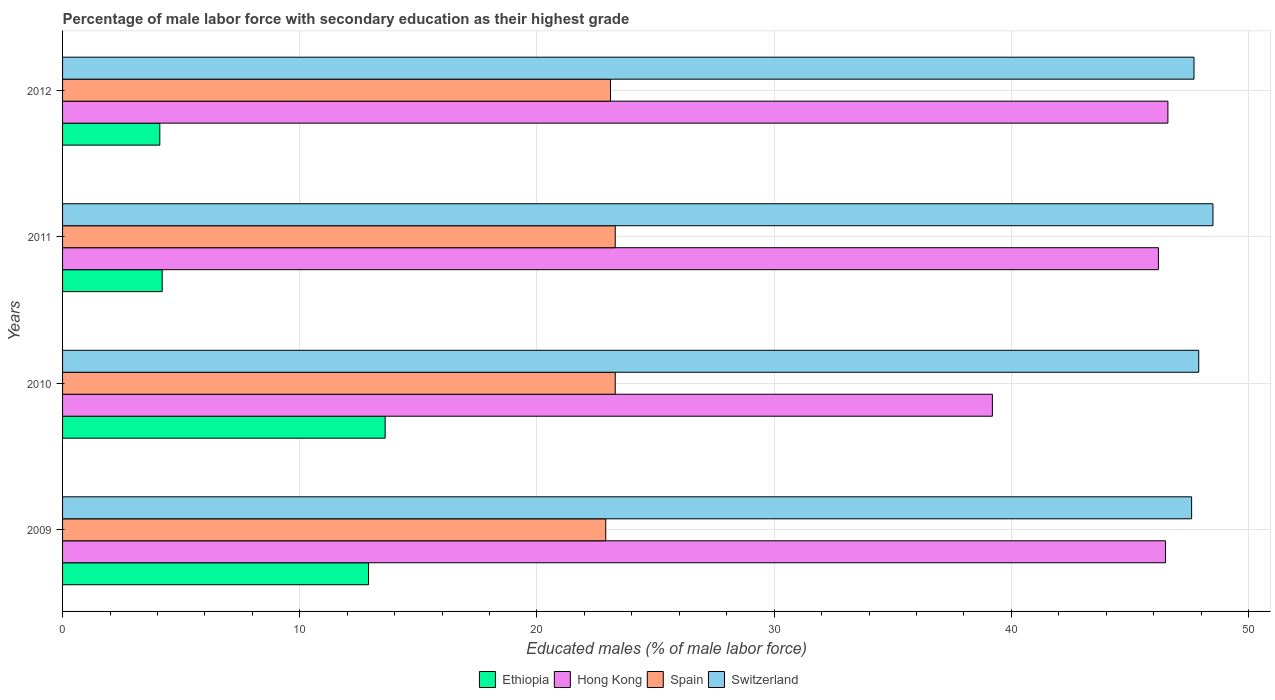
| Years | Ethiopia | Hong Kong | Spain | Switzerland |
 | --- | --- | --- | --- | --- |
 | 2009 | 12.9 | 46.5 | 22.9 | 47.6 |
 | 2010 | 13.6 | 39.2 | 23.3 | 47.9 |
 | 2011 | 4.2 | 46.2 | 23.3 | 48.5 |
 | 2012 | 4.1 | 46.6 | 23.1 | 47.7 |